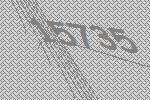
15735